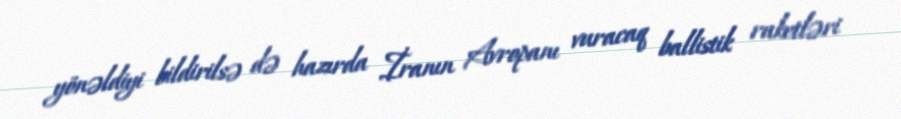
yönəldiyi bildirilsə də hazırda İranın Avropanı vuracaq ballistik raketləri